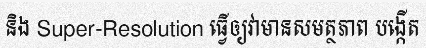
និង Super-Resolution ធ្វើឲ្យវាមានសមត្ថភាព បង្កើត